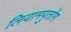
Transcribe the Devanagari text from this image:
लियामपुतोंग